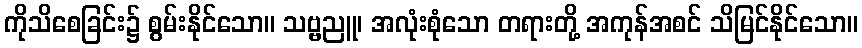
ကိုသိစေခြင်း၌ စွမ်းနိုင်သော။ သဗ္ဗညူ၊ အလုံးစုံသော တရားတို့ အကုန်အစင် သိမြင်နိုင်သော။